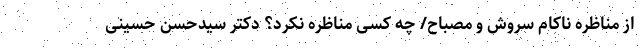
از مناظره ناکام سروش و مصباح/ چه کسی مناظره نکرد؟ دکتر سیدحسن حسینی